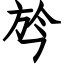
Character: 㫇